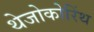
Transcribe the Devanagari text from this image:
थेजोकोरिंथ